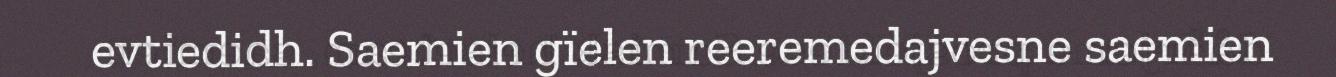
evtiedidh. Saemien gïelen reeremedajvesne saemien